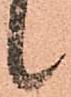
候